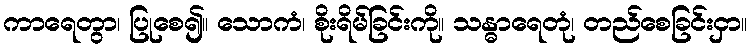
ကာရေတွာ၊ ပြုစေ၍။ သောကံ၊ စိုးရိမ်ခြင်းကို။ သန္ဓာရေတုံ၊ တည်စေခြင်းငှာ။